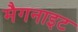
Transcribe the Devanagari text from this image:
मैगनाइट